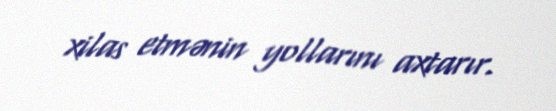
xilas etmənin yollarını axtarır.